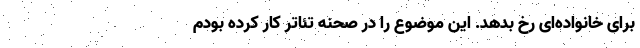
برای خانواده‌ای رخ بدهد. این موضوع را در صحنه تئاتر کار کرده بودم